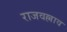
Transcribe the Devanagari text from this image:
राजवल्लाव